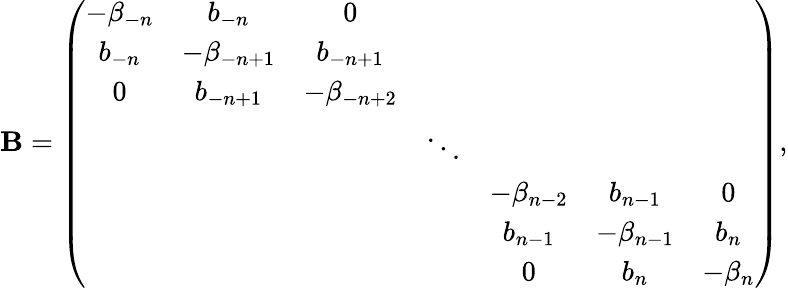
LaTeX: \mathbf{B}=\left(\begin{array}{ccccccc}{{-\beta_{-n}}}&{{b_{-n}}}&{{0}}&{{}}&{{}}&{{}}&{{}}\\ {{b_{-n}}}&{{-\beta_{-n+1}}}&{{b_{-n+1}}}&{{}}&{{}}&{{}}&{{}}\\ {{0}}&{{b_{-n+1}}}&{{-\beta_{-n+2}}}&{{}}&{{}}&{{}}&{{}}\\ {{}}&{{}}&{{}}&{{\ddots}}&{{}}&{{}}&{{}}\\ {{}}&{{}}&{{}}&{{}}&{{-\beta_{n-2}}}&{{b_{n-1}}}&{{0}}\\ {{}}&{{}}&{{}}&{{}}&{{b_{n-1}}}&{{-\beta_{n-1}}}&{{b_{n}}}\\ {{}}&{{}}&{{}}&{{}}&{{0}}&{{b_{n}}}&{{-\beta_{n}}}\end{array}\right),